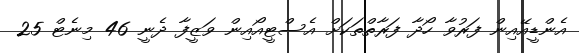
އެންޑީއޭއިން ފަރުވާ ހޯދާ ފަރާތްތަކަށް އެސްޓީއޯއިން ވަޒީފާ ދެނީ 46 މިނެޓް 25